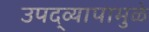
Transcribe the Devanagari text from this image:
उपद्‌व्यापामुळे